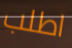
اطلب